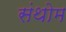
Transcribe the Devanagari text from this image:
संथोम